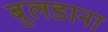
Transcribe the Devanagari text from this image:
बुलडाना